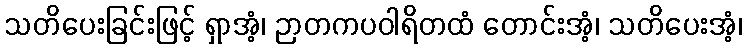
သတိပေးခြင်းဖြင့် ရှာအံ့၊ ဉာတကပဝါရိတထံ တောင်းအံ့၊ သတိပေးအံ့၊